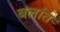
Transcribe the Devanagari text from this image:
बलांत